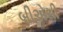
બીએસી